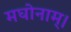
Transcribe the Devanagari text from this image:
मघोनाम्।